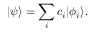
| \psi \rangle = \sum _ { i } c _ { i } | \phi _ { i } \rangle .